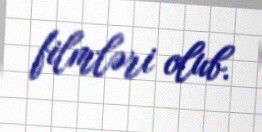
filmləri olub.